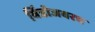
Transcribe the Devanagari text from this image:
विंडोजवरच